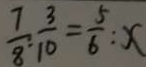
\frac { 7 } { 8 } : \frac { 3 } { 1 0 } = \frac { 5 } { 6 } : x